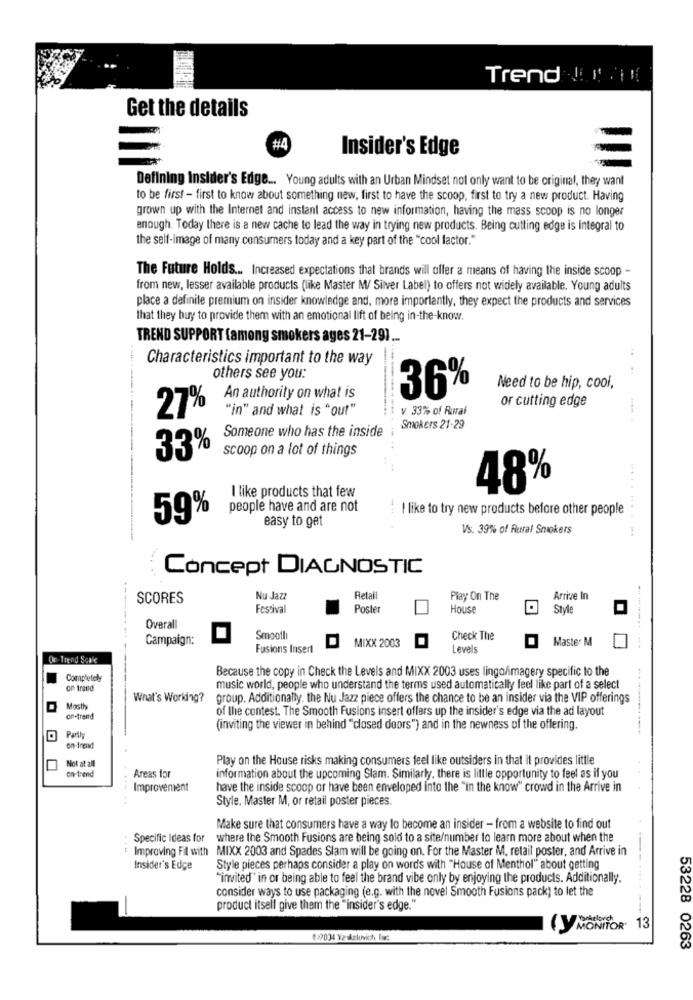
Trend ! ! !
Get the details
#4
Insider's Edge
Defining Insider's Edge ... Young adults with an Urban Mindset not only want to be original, they want
to be first - first to know about something new, first to have the scoop, first to try a new product. Having
grown up with the Internet and instant access to new information, having the mass scoop is no longer
enough. Today there is a new cache to lead the way in trying new products. Being cutting edge is Integral to
the self-image of many consumers today and a key part of the "cool factor."
The Future Holds ... Increased expectations that brands will offer a means of having the inside scoop -
from new, lesser available products (like Master M/ Silver Label) to offers not widely available. Young adults
place a definite premium on insider knowledge and, more importantly, they expect the products and services
that they buy to provide them with an emotional lift of being in-the-know.
TREND SUPPORT (among smokers ages 21-29) ...
--
Characteristics important to the way
others see you:
Need to be hip, cool,
An authority on what is
36%
or cutting edge
27%
"in" and what is "out"
V. 33% of Rural
Smokers 21-29
Someone who has the inside
33%
scoop on a lot of things
48%
I like products that few
people have and are not
--
I like to try new products before other people
59%
easy to get
Vs. 39% of Rural Smokers
..... ......
Concept DIAGNOSTIC
SCORES
Nu Jazz
Retal
Play On The
Arrive In
Festival
Poster
House
Styl
Overall
Campaign:
Smooth
MIXX 2003
Check The
Master M
------ ----
Fusions Insert
Levels
On-Trend Scale
Because the copy in Check the Levels and MIXX 2003 uses lingo/imagery specific to the
Completely
on trend
music world, people who understand the terms used automatically feel like part of a select
What's Working?
group. Additionally, the Nu Jazz piece offers the chance to be an insider via the VIP offerings
Mosth
of the contest. The Smooth Fusions insert offers up the insider's edge via the ad layout
on-treitd
(inviting the viewer in behind "closed doors") and in the newness of the offering.
Parth
en-trend
Not at all
Play on the House risks making consumers feel like outsiders in that it provides little
on-trend
Areas for
information about the upcoming Slam. Similarly, there is little opportunity to feel as if you
Improvement
have the inside scoop or have been enveloped into the "in the know" crowd in the Arrive in
Style. Master M, or retail poster pieces.
Make sure that consumers have a way to become an insider - from a website to find out
Specific Ideas for
where the Smooth Fusions are being sold to a site/number to learn more about when the
Improving Fil with MIXX 2003 and Spades Slam will be going on. For the Master M. retail poster, and Arrive in
Insider's Edge
Style pieces perhaps consider a play on words with "House of Menthol" about getting
"invited' in or being able to feel the brand vibe only by enjoying the products. Additionally.
consider ways to use packaging (e.g. with the novel Smooth Fusions pack) to let the
product itself give them the "insider's edge."
(Y MONITOR 13
822034 Vaskeluvich Inc
53228 0263